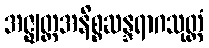
အဇ္ဈတ္တအနိစ္စဆန္ဒရာဂသုတ္တံ